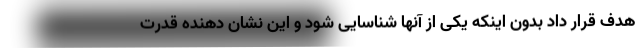
هدف قرار داد بدون اینکه یکی از آنها شناسایی شود و این نشان دهنده قدرت